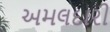
અમલદારી